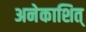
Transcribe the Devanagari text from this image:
अनेकाशित्‌